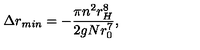
\Delta r _ { m i n } = - \frac { \pi n ^ { 2 } r _ { H } ^ { 8 } } { 2 g N r _ { 0 } ^ { 7 } } ,